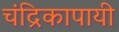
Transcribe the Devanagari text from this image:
चंद्रिकापायी